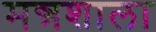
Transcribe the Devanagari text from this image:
मन्त्रशाला